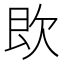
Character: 𣢣